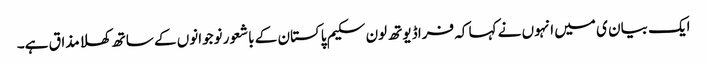
ایک بیان ی میں انہوں نے کہا کہ فراڈ یوتھ لون سکیم پاکستان کے باشعور نوجوانوں کے ساتھ کھلا مذاق ہے۔